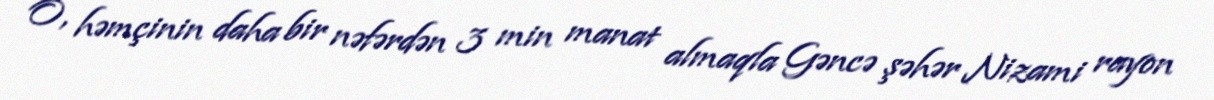
O, həmçinin daha bir nəfərdən 3 min manat almaqla Gəncə şəhər Nizami rayon